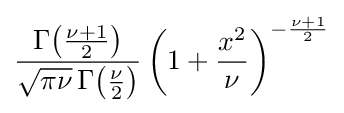
{\frac {\Gamma {\left({\frac {\nu +1}{2}}\right)}}{{\sqrt {\pi \nu }}\,\Gamma {\left({\frac {\nu }{2}}\right)}}}\left(1+{\frac {x^{2}}{\nu }}\right)^{-{\frac {\nu +1}{2}}}